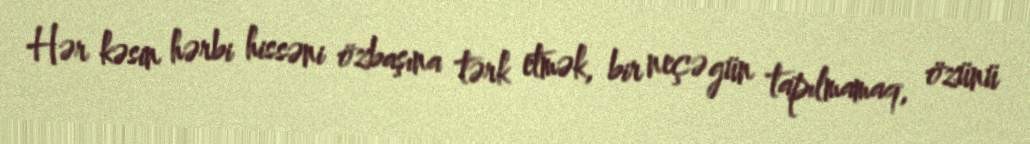
Hər kəsin hərbi hissəni özbaşına tərk etmək, bir neçə gün tapılmamaq, özünü